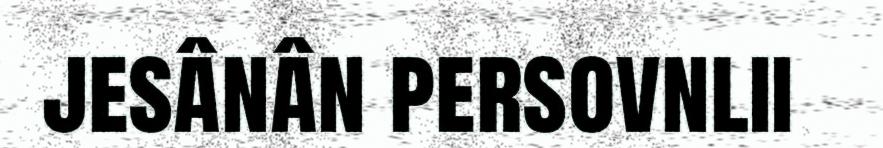
jesânân persovnlii